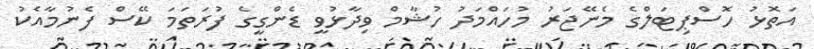
އަތޮޅު ހޮސްޕިޓަލްގެ މެނޭޖަރު މުހައްމަދު ހުޝާމް ވިދާޅުވީ ޑެންގީގެ ފުރަތަމަ ކޭސް ފެނުމާއެކު